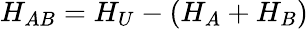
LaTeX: H_{AB}=H_{U}-(H_{A}+H_{B})